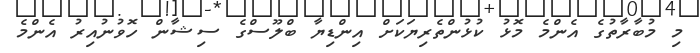
މި މުބާރާތުގެ އެންމެ މޮޅު ކުޅުންތެރިޔަކަށް އިންޑިޔާ ބްލޫސްގެ ސިޝާން ހޮވުނުއިރު އެންމެ